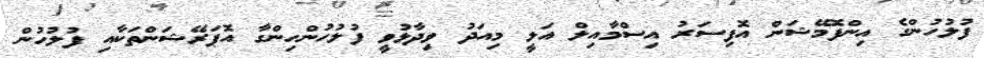
ފުލުހުންގެ އިންފޮމޭޝަން އޮފިސަރު އިސްމާއިލް އަލީ މިއަދު ވިދާޅުވީ ފުލުހުންހިންގާ އޮޕަރޭޝަންތަކާއި ފުލުހުން